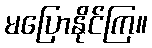
မပြောနိုင်ကြ။